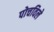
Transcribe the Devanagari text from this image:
पोचविले